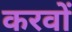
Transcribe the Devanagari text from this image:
करवों